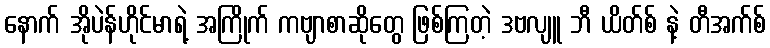
နောက် အိုပဲန်ဟိုင်မာရဲ့ အကြိုက် ကဗျာစာဆိုတွေ ဖြစ်ကြတဲ့ ဒဗလျူ ဘီ ယိတ်စ် နဲ့ တီအက်စ်